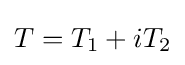
T=T_{1}+iT_{2}